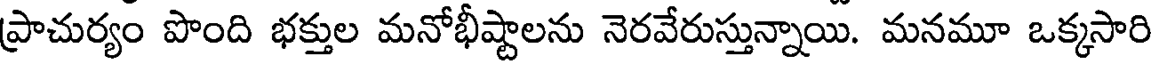
ప్రాచుర్యం పొంది భక్తుల మనోభీష్టాలను నెరవేరుస్తున్నాయి. మనమూ ఒక్కసారి